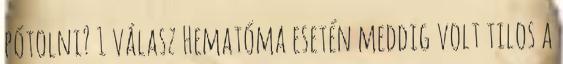
pótolni? 1 válasz Hematóma esetén meddig volt tilos a